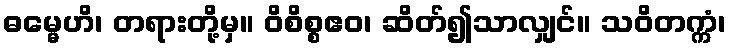
ဓမ္မေဟိ၊ တရားတို့မှ။ ဝိစိစ္စဧဝ၊ ဆိတ်၍သာလျှင်။ သဝိတက္ကံ၊